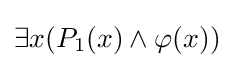
\exists x(P_{1}(x)\land \varphi (x))